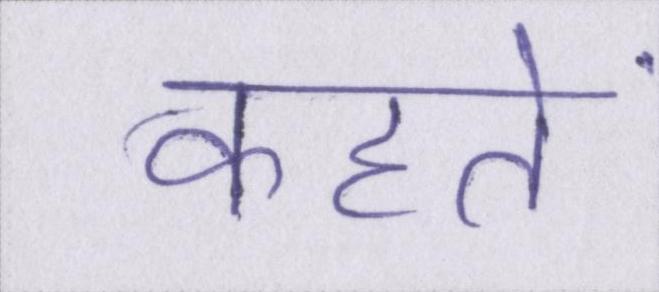
कहतें